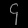
Digit: ၄